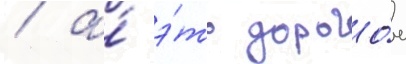
/ а́ э́то дорого́е